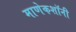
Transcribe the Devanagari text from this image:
माणेकशॉनी